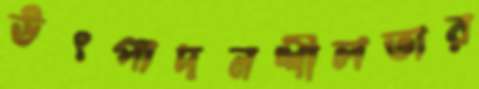
উৎপাদনশীলতার